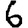
Digit: 6